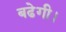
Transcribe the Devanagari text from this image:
बढेगी।